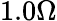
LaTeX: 1.0\Omega